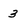
Character: 3